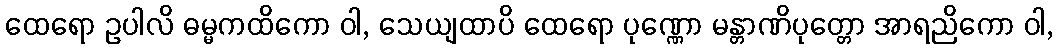
ထေရော ဥပါလိ ဓမ္မကထိကော ဝါ, သေယျထာပိ ထေရော ပုဏ္ဏော မန္တာဏိပုတ္တော အာရညိကော ဝါ,